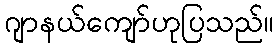
ဂျာနယ်ကျော်ဟုပြသည်။